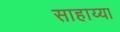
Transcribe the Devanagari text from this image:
साहाय्या